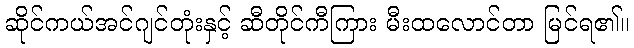
ဆိုင်ကယ်အင်ဂျင်တုံးနှင့် ဆီတိုင်ကီကြား မီးထလောင်တာ မြင်ရ၏။